画像に写った文字を読んでください
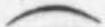
「(」と書いてあります